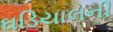
ઘડિયાલની